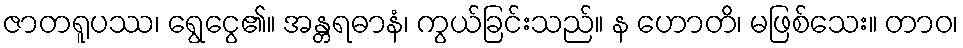
ဇာတရူပဿ၊ ရွေငွေ၏။ အန္တရဓာနံ၊ ကွယ်ခြင်းသည်။ န ဟောတိ၊ မဖြစ်သေး။ တာဝ၊